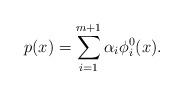
LaTeX: \begin{gather*} p(x) = \sum_{i=1}^{m+1} \alpha_i \phi^0_i(x). \end{gather*}